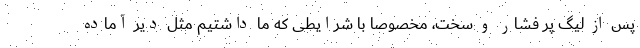
پس از لیگ پر فشار و سخت، مخصوصا با شرایطی که ما داشتیم مثل دیر آماده